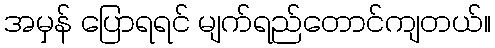
အမှန် ပြောရရင် မျက်ရည်တောင်ကျတယ်။